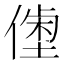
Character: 𠍝